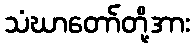
သံဃာတော်တို့အား